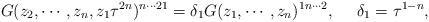
LaTeX: \begin{align*}G(z_2,\cdots,z_n,z_1\tau^{2n})^{n \cdots 21}=\delta_1 G(z_1,\cdots,z_n)^{1n\cdots2}, ~~~~\delta_1 =\tau^{1-n}, \end{align*}